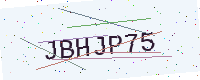
Text: JBHJP75